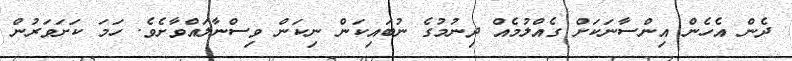
ދެން އެހެން އިންސާނަކަށް ގެއްލުމެއް ދިނުމުގެ ނުބައިކަން ނިކަން ވިސްނާލައްވާށެވެ. ހަމަ ކަށަވަރުން